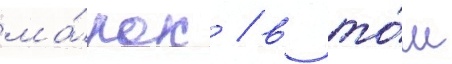
ма́рок / в то́м